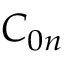
C _ { 0 n }